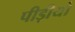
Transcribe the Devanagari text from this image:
पीड़ीयो